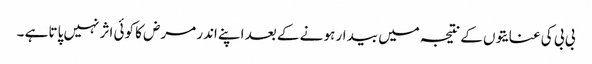
بی بی کی عنایتوں کے نتیجہ میں بیدار ہو نے کے بعد اپنے اندر مرض کا کوئی اثر نہیں پاتا ہے ۔